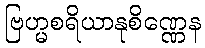
ဗြဟ္မစရိယာနုစိဏ္ဏေန